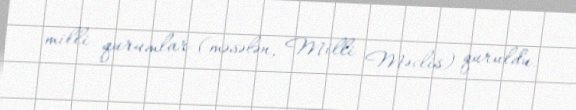
milli qurumlar (məsələn, Milli Məclis) quruldu.